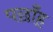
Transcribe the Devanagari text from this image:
पछाँह